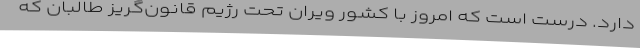
دارد. درست است که امروز با کشور ویران تحت رژیم قانون‌گریز طالبان که